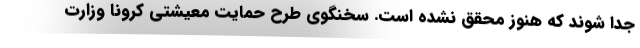
جدا شوند که هنوز محقق نشده است. سخنگوی طرح حمایت معیشتی کرونا وزارت